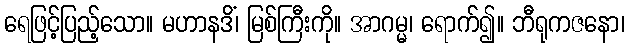
ရေဖြင့်ပြည့်သော။ မဟာနဒိံ၊ မြစ်ကြီးကို။ အာဂမ္မ၊ ရောက်၍။ ဘီရုကဇနော၊